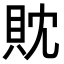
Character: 𧴸